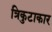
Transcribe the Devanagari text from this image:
त्रिकुटाकार